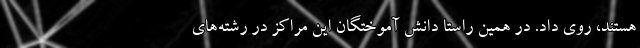
هستند، روی داد. در همین راستا دانش آموختگان این مراکز در رشته­‌های